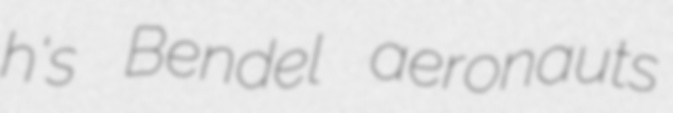
h's Bendel aeronauts